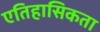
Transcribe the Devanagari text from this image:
एतिहासिकता